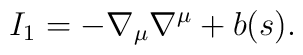
I_1 = - \nabla_{\mu} \nabla^{\mu} + b(s).